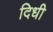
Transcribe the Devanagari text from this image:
दिधी